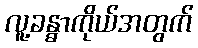
လူ့ခန္ဓာကိုယ်အတွက်